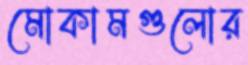
মোকামগুলোর